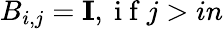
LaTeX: B_{i,j}=\mathbf{I},\mathrm{~i~f~}j>in